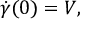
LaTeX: { \dot { \gamma } } ( 0 ) = V ,